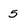
Character: 5